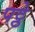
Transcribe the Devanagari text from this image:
पट्ठे